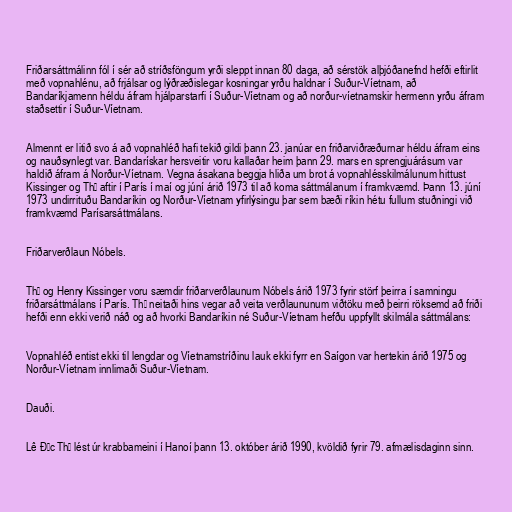
Friðarsáttmálinn fól í sér að stríðsföngum yrði sleppt innan 80 daga, að sérstök alþjóðanefnd hefði eftirlit
með vopnahlénu, að frjálsar og lýðræðislegar kosningar yrðu haldnar í Suður-Víetnam, að
Bandaríkjamenn héldu áfram hjálparstarfi í Suður-Víetnam og að norður-víetnamskir hermenn yrðu áfram
staðsettir í Suður-Víetnam.

Almennt er litið svo á að vopnahléð hafi tekið gildi þann 23. janúar en friðarviðræðurnar héldu áfram eins
og nauðsynlegt var. Bandarískar hersveitir voru kallaðar heim þann 29. mars en sprengjuárásum var
haldið áfram á Norður-Víetnam. Vegna ásakana beggja hliða um brot á vopnahlésskilmálunum hittust
Kissinger og Thọ aftir í París í maí og júní árið 1973 til að koma sáttmálanum í framkvæmd. Þann 13. júní
1973 undirrituðu Bandaríkin og Norður-Víetnam yfirlýsingu þar sem bæði ríkin hétu fullum stuðningi við
framkvæmd Parísarsáttmálans.

Friðarverðlaun Nóbels.

Thọ og Henry Kissinger voru sæmdir friðarverðlaunum Nóbels árið 1973 fyrir störf þeirra í samningu
friðarsáttmálans í París. Thọ neitaði hins vegar að veita verðlaununum viðtöku með þeirri röksemd að friði
hefði enn ekki verið náð og að hvorki Bandaríkin né Suður-Víetnam hefðu uppfyllt skilmála sáttmálans:

Vopnahléð entist ekki til lengdar og Víetnamstríðinu lauk ekki fyrr en Saígon var hertekin árið 1975 og
Norður-Víetnam innlimaði Suður-Víetnam.

Dauði.

Lê Đức Thọ lést úr krabbameini í Hanoí þann 13. október árið 1990, kvöldið fyrir 79. afmælisdaginn sinn.